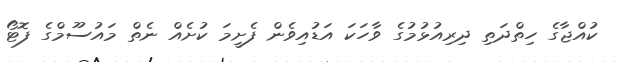
ކުއްޖާގެ ހިތްދަތި ދިރިއުޅުމުގެ ވާހަކަ އަޑުއިވެން ފެށީމަ ކުށެއް ނެތް މައުސޫމްގެ ފޮޓޯ